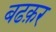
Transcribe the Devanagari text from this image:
बढक़र